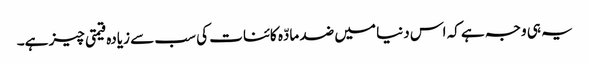
یہ ہی وجہ ہے کہ اس دنیا میں ضد مادّہ کائنات کی سب سے زیادہ قیمتی چیز ہے۔